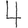
Digit: 4